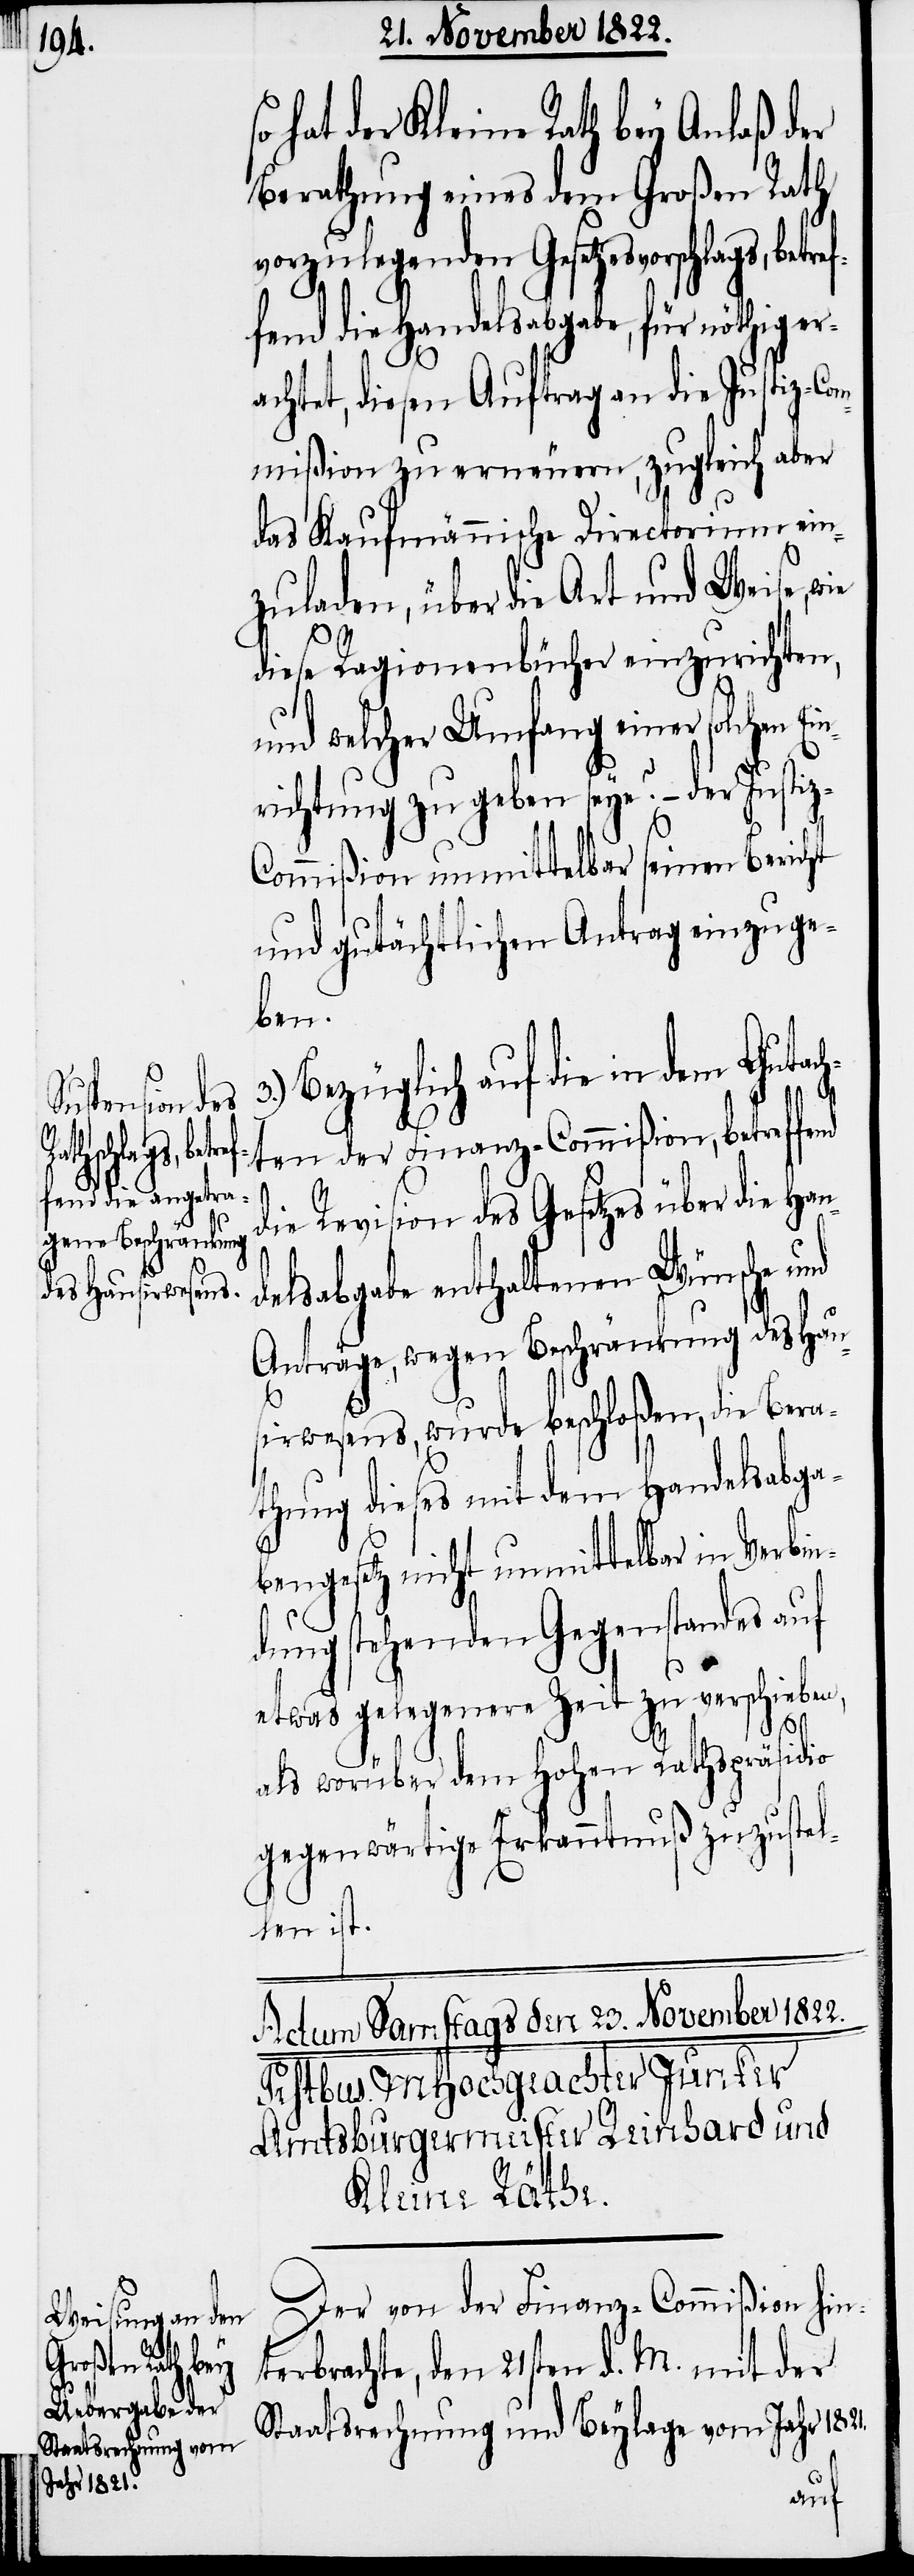
schlags, betr¬

hat der Kleine Rath bey Anlaß der
Berathung eines dem Großen Rath
vorzulegenden Gesetzesvor¬
fend die Handelsabgabe, für nöthig er¬
achtet, diesen Auftrag an die Justiz-Com¬
mißion zu erneuern, zugleich aber
das Kaufmännische Directorium ein¬
zuladen, über die Art und Weise,
diese Ragionenbücher einzurichten,
und welcher Umfang einer solchen
richtung zu geben seye? – der Justi¬
ommißion unmittelbar seinen Bericht
und gutächtlichen Antrag einzuge¬
ben.
Bezüglich auf die in dem Gutach¬
ten der Finanz-Commißion, betreffend
die Revision des Gesetzes über die Han¬
delsabgabe enthaltenen Wünsche und
Anträge, wegen Beschränkung des Hau¬
sirwesens, wurde beschloßen, die Bera¬
thung dieses mit dem Handelsabga¬
bengesetz nicht unmittelbar im Verbin¬
dung stehenden Gegenstandes auf
etwas gelegenere Zeit zu verschieben,
1821.
als worüber dem Hohen Rathspräsidio
gegenwärtige Erkanntnuß zuzustel¬
len ist.
Der von der Finanz-Commißion hin¬
terbrachte, den 21sten d. M. mit der
Staatsrechnung und Beylage vom Jahr